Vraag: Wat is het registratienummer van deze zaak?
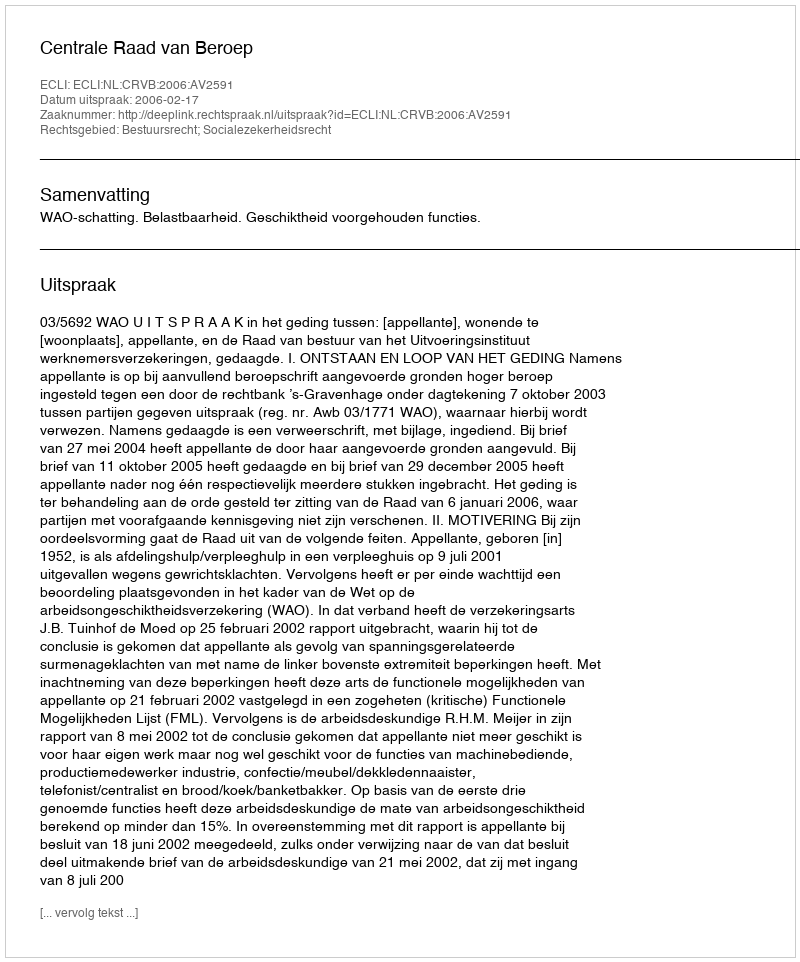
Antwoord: http://deeplink.rechtspraak.nl/uitspraak?id=ECLI:NL:CRVB:2006:AV2591